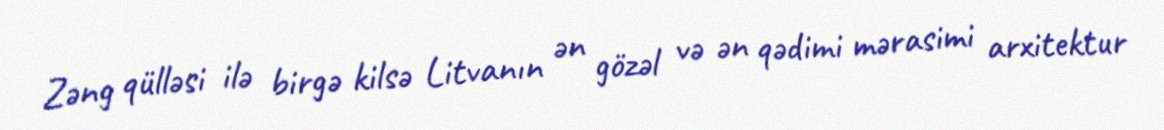
Zəng qülləsi ilə birgə kilsə Litvanın ən gözəl və ən qədimi mərasimi arxitektur